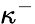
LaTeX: \kappa^{-}